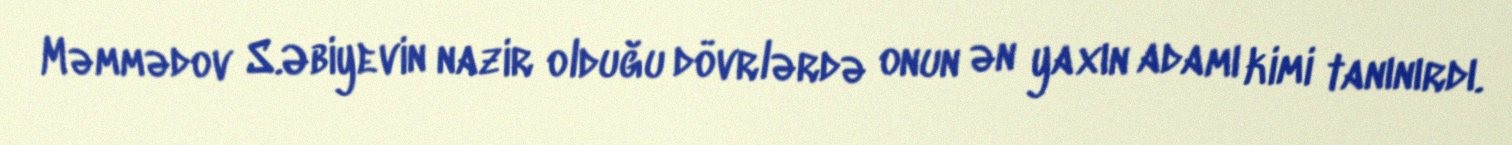
Məmmədov S.Əbiyevin nazir olduğu dövrlərdə onun ən yaxın adamı kimi tanınırdı.